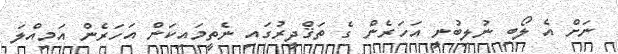
ނަށް އެ ލޯބި ނުލިބުނީ އަހަރެން ގެ ތަޤްދީރުގައި ނެތީމައިކަން އަހަރެން އަމިއްލަ